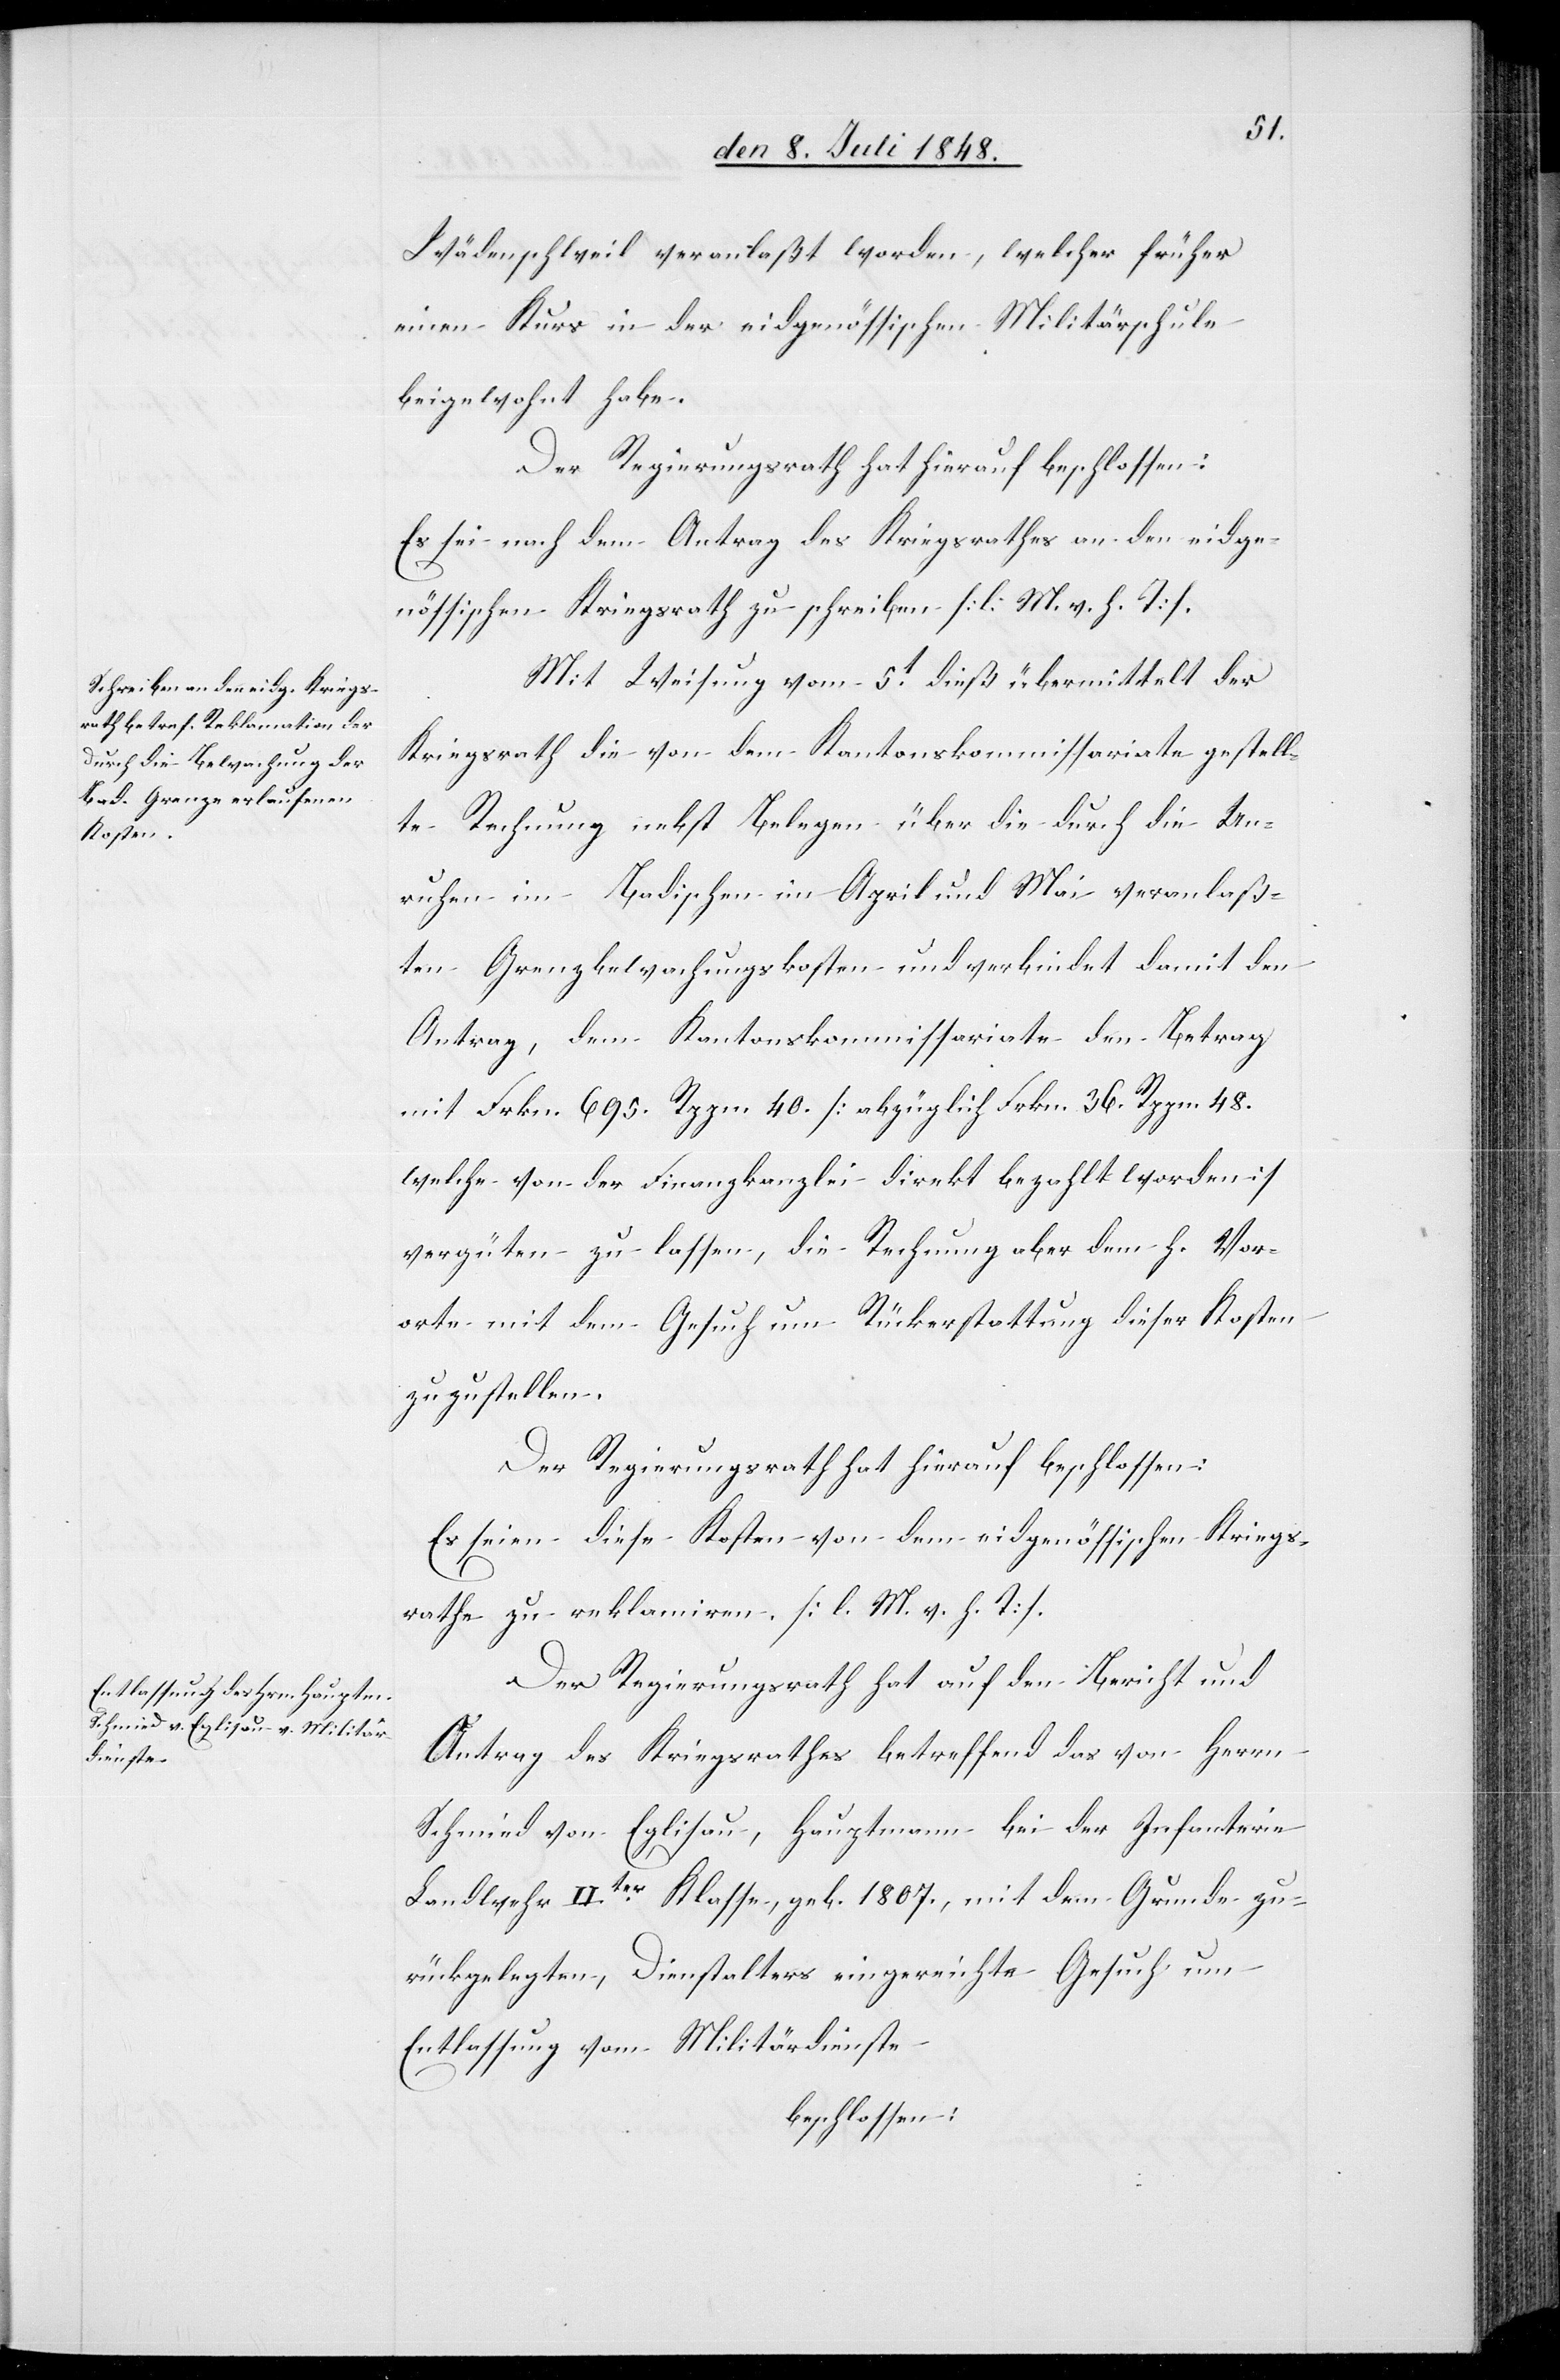
Wädenschweil veranlaßt worden, welcher früher
einen Kurs in der eidgenössischen Militärschule
beigewohnt habe.
Der Regierungsrath hat hierauf beschlossen:
Es sei nach dem Antrag des Kriegsrathes an den eidge¬
nössischen Kriegsrath zu schreiben. [l. M. v. h. T]
Mit Weisung vom 5t dieß übermittelt der
Kriegsrath die von dem Kantonskommissariate gestell¬
te Rechnung nebst Belegen über die durch die Un¬
ruhen im Badischen im April und Mai veranlaß¬
ten Grenzbewachungskosten und verbindet damit den
Antrag, dem Kantonskommissariate den Betrag
mit Frkn. 695. Rppn. 40. [abzüglich Frkn. 36. Rppn. 48.
welche von der Finanzkanzlei direkt bezahlt worden]
vergüten zu lassen, die Rechnung aber dem h. Vor¬
orte mit dem Gesuch um Rückerstattung dieser Kosten
zuzustellen.
Der Regierungsrath hat hierauf beschlossen:
Es seien diese Kosten von dem eidgenössischen Kriegs¬
rathe zu reklamiren. [l. M. v. h. T].
Der Regierungsrath hat auf den Bericht und
Antrag des Kriegsrathes betreffend das von Herrn
Schmied von Eglisau, Hauptmann bei der Infanterie
Landwehr IIter Klasse, geb. 1807., mit dem Grunde zu¬
rückgelegten, Dienstalters eingereichte Gesuch um
Entlassung vom Militärdienste
beschlossen: